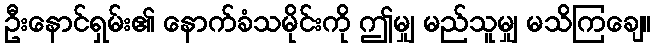
ဦးနောင်ရှမ်း၏ နောက်ခံသမိုင်းကို ဤမျှ မည်သူမျှ မသိကြချေ။